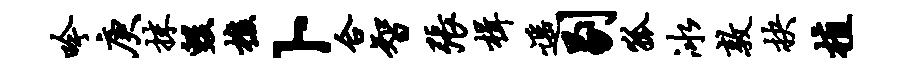
吟庚抹毁樵卜合智张楫遥剔狐冰敦抉植